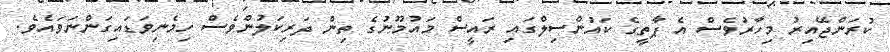
ކުރަންޖޭއިރު މިހާރުވެސް އެ ޕާތީގެ ކައުންސިލްގައި ރައީސް މައުމޫނުގެ ތިން ދަރިކަލުންވެސް ހިމެނިވަޑައިގަންނަވައެވެ.